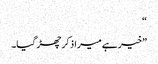
“
”خیر ہے میرا ذکر چھڑ گیا۔